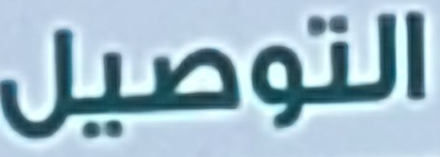
التوصيل